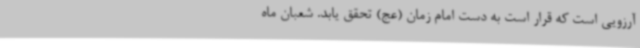
آرزویی است که قرار است به دست امام زمان (عج) تحقق یابد. شعبان ماه